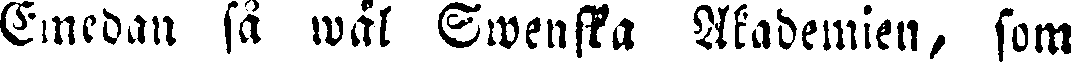
Emedan så wäl Swenska Akademien, som